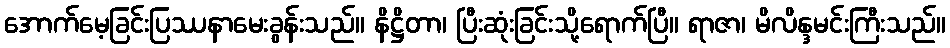
အောက်မေ့ခြင်းပြဿနာမေးခွန်းသည်။ နိဋ္ဌိတာ၊ ပြီးဆုံးခြင်းသို့ရောက်ပြီ။ ရာဇာ၊ မိလိန္ဒမင်းကြီးသည်။